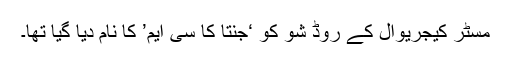
مسٹر کیجریوال کے روڈ شو کو ‘جنتا کا سی ایم’ کا نام دیا گیا تھا۔